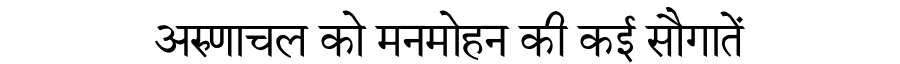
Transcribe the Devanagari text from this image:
अरुणाचल को मनमोहन की कई सौगातें